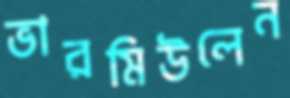
ভারমিউলেন